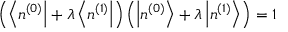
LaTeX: \left( \left\langle n ^ { ( 0 ) } \right| + \lambda \left\langle n ^ { ( 1 ) } \right| \right) \left( \left| n ^ { ( 0 ) } \right\rangle + \lambda \left| n ^ { ( 1 ) } \right\rangle \right) = 1